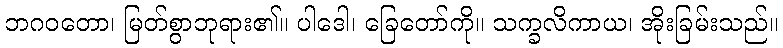
ဘဂဝတော၊ မြတ်စွာဘုရား၏။ ပါဒေါ၊ ခြေတော်ကို။ သက္ခလိကာယ၊ အိုးခြမ်းသည်။